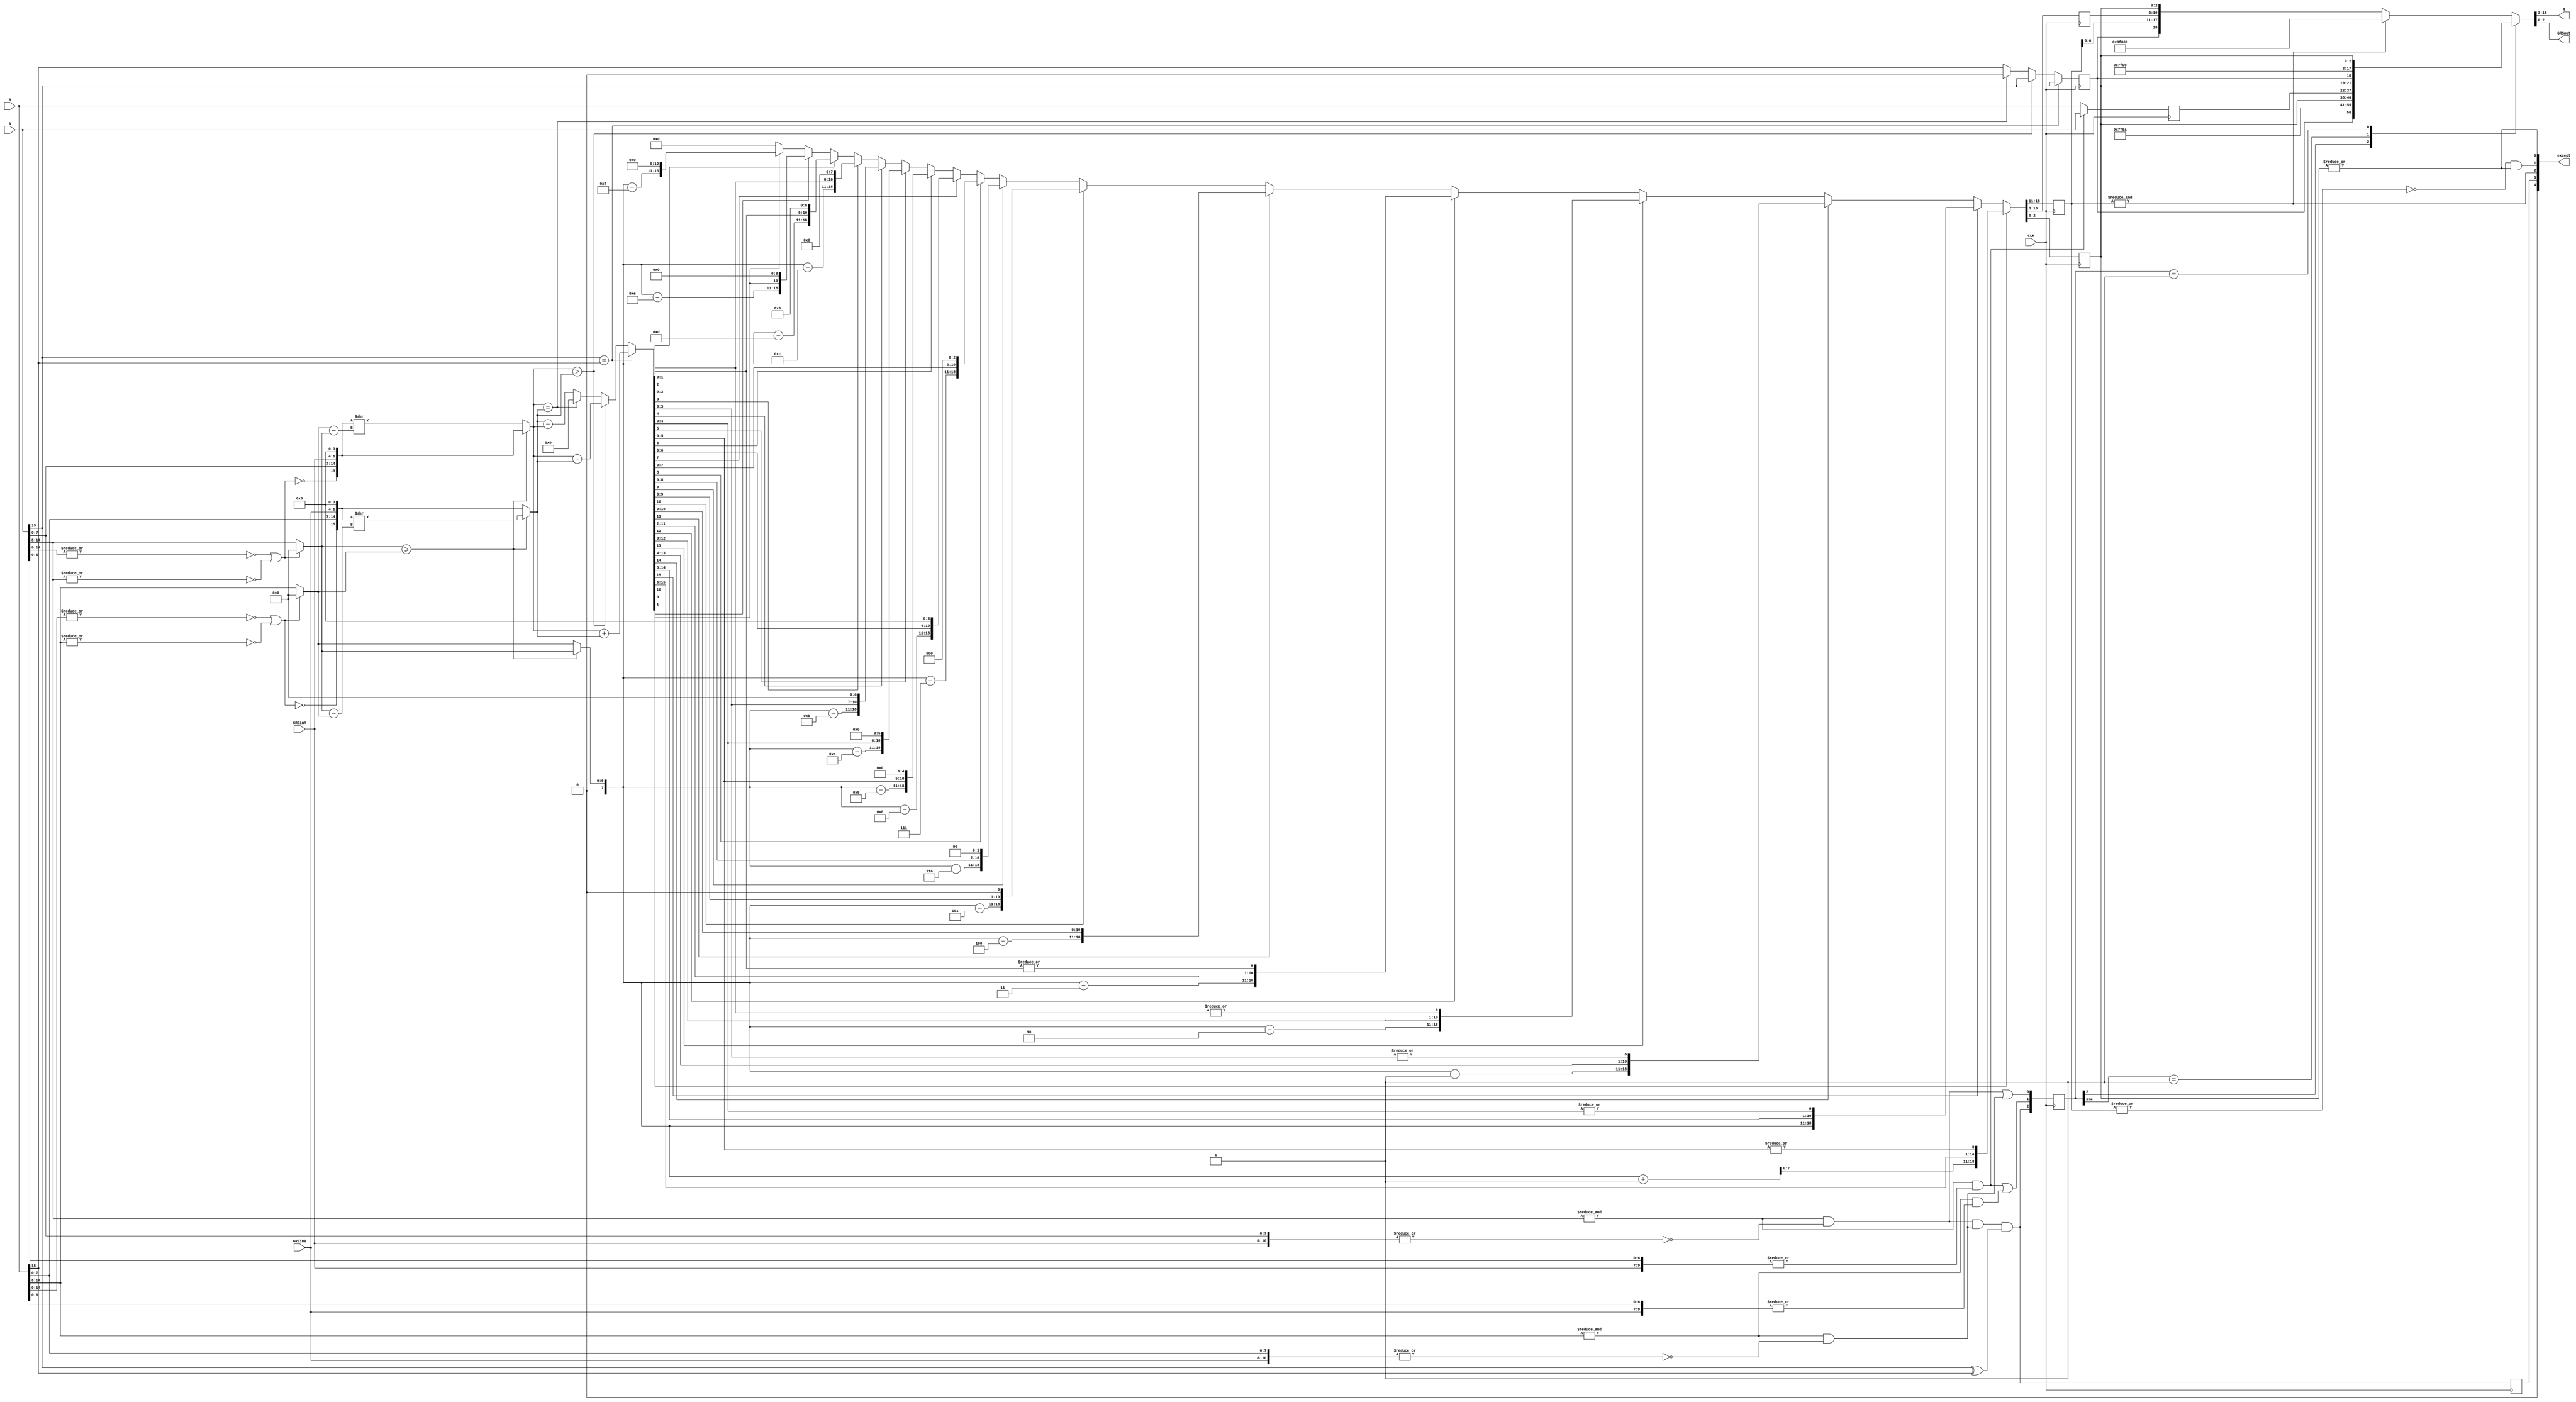
module FADD711 (
    CLK,
    A,
    GRSinA,
    B,
    GRSinB,
    R,
    GRSout,
    except
    );

input CLK;
input [15:0] A;
input [2:0] GRSinA;
input [15:0] B;
input [2:0] GRSinB;
output [15:0] R;
output [2:0] GRSout;
output [4:0] except;

reg sign;

reg [7:0] expAB;       
reg [15:0] normAfract;  //includes hidden bit
reg [15:0] normBfract;
reg [7:0] EXP;
reg [7:0] normSum;     
reg [2:0] GRSout;
reg [2:0] GRS;
reg intrmSign;
reg [16:0] intrmSum;    //extra bit allows for carry

reg [15:0] R;
wire [6:0] expA;
wire [6:0] expB;
wire signA;
wire signB;
wire AisZero;
wire BisZero;
wire AisSubnorm;
wire BisSubnorm;

assign AisZero = ~|A[14:0];
assign BisZero = ~|B[14:0];
assign AisSubnorm = ~|A[14:8];
assign BisSubnorm = ~|B[14:8];
assign expA = AisZero || AisSubnorm ? 0 : A[14:8];
assign expB = BisZero || BisSubnorm ? 0 : B[14:8];
assign signA = A[15];
assign signB = B[15];

//new stuff
wire [4:0] except;
reg [2:0] Rsel;
reg [15:0] theNaN_del;
wire AisInf;
wire BisInf;
wire AisNaN;
wire BisNaN;
wire [15:0] theNaN;
wire anInputIsNaN;
wire anInputIsInf;

reg invalid;
wire divX0;
wire overflow;
wire underflow;
wire inexact;
wire inputIsInvalid;

assign AisInf = &A[14:8] && ~|{A[7:0], GRSinA[2:0]};
assign BisInf = &B[14:8] && ~|{B[7:0], GRSinB[2:0]};
assign AisNaN = &A[14:8] &&  |{A[6:0], GRSinA[2:0]};
assign BisNaN = &B[14:8] &&  |{B[6:0], GRSinB[2:0]};
assign theNaN = AisNaN ? A : B;
assign anInputIsNaN = AisNaN || BisNaN;
assign anInputIsInf = AisInf || BisInf;

assign inputIsInvalid = AisInf && BisInf && (A[15] ^ B[15]);
assign divX0 = 0;
assign underflow = ~|EXP;
assign overflow = &EXP;
assign inexact = |GRS;
assign except = {divX0, invalid, overflow, underflow && inexact, inexact};
  

always @(*)
    if (expA >= expB) begin
        expAB =  expA;
        normAfract = {~(AisZero || AisSubnorm), A[7:0], GRSinA, 4'b0000};    
        normBfract = {~(BisZero || BisSubnorm), B[7:0], GRSinB, 4'b0000} >> (expA - expB);
    end
    else begin
        expAB = expB;
        normAfract = {~(AisZero || AisSubnorm), A[7:0], GRSinA, 4'b0000} >> (expB - expA);    
        normBfract = {~(BisZero || BisSubnorm), B[7:0], GRSinB, 4'b0000};
    end 

always @(*)
    if (signA==signB) begin                  //for values of A and B with the same sign
        intrmSum = normAfract + normBfract;  //signs are the same so just add
        intrmSign = signA;
    end    
    else if (normAfract > normBfract) begin  //for values with different signs when A > B
        intrmSum = normAfract - normBfract;
        intrmSign = signA;
    end
    else if (normAfract==normBfract) begin   // equal values with different signs   
        intrmSum = 0;
        intrmSign = 0;
    end
    else begin                               // for B > A  and different signs
        intrmSum = normBfract - normAfract;
        intrmSign = signB;
    end

always @(posedge CLK) begin
    invalid <= inputIsInvalid;
    theNaN_del <= theNaN;
    Rsel <= {inputIsInvalid, anInputIsNaN, anInputIsInf || (intrmSum[16] ? &(expAB + 1) : &expAB)};

    sign <= intrmSign;
    if (intrmSum[16]) {EXP, normSum, GRS} <= {expAB+1, intrmSum[15:8], intrmSum[7:6], |intrmSum[5:0]};
    else if (intrmSum[15]) {EXP, normSum, GRS} <= {  expAB, intrmSum[14:7], intrmSum[6:5], |intrmSum[4:0]};
    else if (intrmSum[14]) {EXP, normSum, GRS} <= {  expAB-1,  intrmSum[13:6], intrmSum[5:4], |intrmSum[3:0]};
    else if (intrmSum[13]) {EXP, normSum, GRS} <= {  expAB-2,  intrmSum[12:5], intrmSum[4:3], |intrmSum[2:0]};
    else if (intrmSum[12]) {EXP, normSum, GRS} <= {  expAB-3,  intrmSum[11:4], intrmSum[3:2], |intrmSum[1:0]};
    else if (intrmSum[11]) {EXP, normSum, GRS} <= {  expAB-4,  intrmSum[10:3], intrmSum[2:1], intrmSum[0]};
    else if (intrmSum[10]) {EXP, normSum, GRS} <= {  expAB-5,  intrmSum[ 9:2], intrmSum[1:0], 1'b0};
    else if (intrmSum[ 9]) {EXP, normSum, GRS} <= {  expAB-6,  intrmSum[ 8:1], intrmSum[0], 2'b00};
    else if (intrmSum[ 8]) {EXP, normSum, GRS} <= {  expAB-7,  intrmSum[ 7:0],  3'b000};
    else if (intrmSum[ 7]) {EXP, normSum, GRS} <= {  expAB-8,  intrmSum[ 6:0],  4'b0000};
    else if (intrmSum[ 6]) {EXP, normSum, GRS} <= {  expAB-9,  intrmSum[ 5:0],  5'b00000};
    else if (intrmSum[ 5]) {EXP, normSum, GRS} <= {  expAB-10, intrmSum[ 4:0],  6'b000000};
    else if (intrmSum[ 4]) {EXP, normSum, GRS} <= {  expAB-11, intrmSum[ 3:0],  7'b0000000};
    else if (intrmSum[ 3]) {EXP, normSum, GRS} <= {  expAB-12, intrmSum[ 2:0],  8'b00000000};
    else if (intrmSum[ 2]) {EXP, normSum, GRS} <= {  expAB-13, intrmSum[ 1:0],  9'b000000000};
    else if (intrmSum[ 1]) {EXP, normSum, GRS} <= {  expAB-14, intrmSum[   0],  10'b0000000000};
    else if (intrmSum[ 0]) {EXP, normSum, GRS} <= {  expAB-15,                  11'b00000000000};
    else  {EXP, normSum, GRS} <= 0;   
end
 
always @(*)
    casex(Rsel)
        3'b1xx : {R, GRSout} = {sign, 7'h7F, 1'b1, 7'h1A, GRS};   // invalid input
        3'b01x : {R, GRSout} = {theNaN_del, GRS};                 // an input is NaN
        3'b001 : {R, GRSout} = {sign, 15'h7F00, GRS};             // infinite or overflow
       default : {R, GRSout} = overflow ? {sign, 16'h7F00, 3'b000} : {sign, EXP[6:0], normSum[7:0], GRS};
    endcase    
   
endmodule